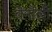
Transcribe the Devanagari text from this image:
बेर्नौली